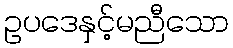
ဥပဒေနှင့်မညီသော